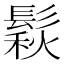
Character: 鬏